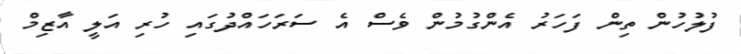
ފުލުހުން ތިން ފަހަރު އެންގުމުން ވެސް އެ ސަރަހައްދުގައި ހުރި އަލީ އާޒިމް